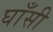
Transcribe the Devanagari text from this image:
घाँसी